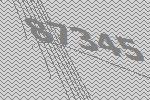
87345